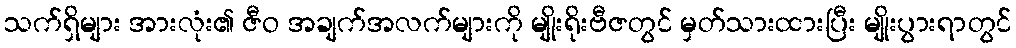
သက်ရှိများ အားလုံး၏ ဇီဝ အချက်အလက်များကို မျိုးရိုးဗီဇတွင် မှတ်သားထားပြီး မျိုးပွားရာတွင်